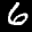
Label: 6